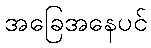
အခြေအနေပင်